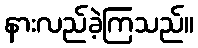
နားလည်ခဲ့ကြသည်။